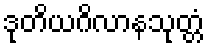
ဒုတိယဂိလာနသုတ္တံ